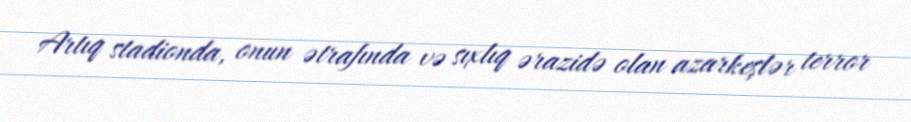
Artıq stadionda, onun ətrafında və sıxlıq ərazidə olan azarkeşlər terror